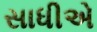
સાધીએ